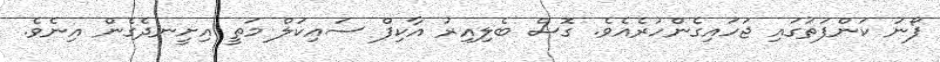
ފޯނު ކަންފަތުގައި ޖަހައިގެންހުރެއެވެ. ގޮސް ބެލިއިރު އާކިފް ސައިކަލް މަތީ އިށީނދެގެން އިނެވެ.